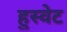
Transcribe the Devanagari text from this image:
हुस्वेट